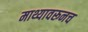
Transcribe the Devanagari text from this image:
माथ्यावरूनच